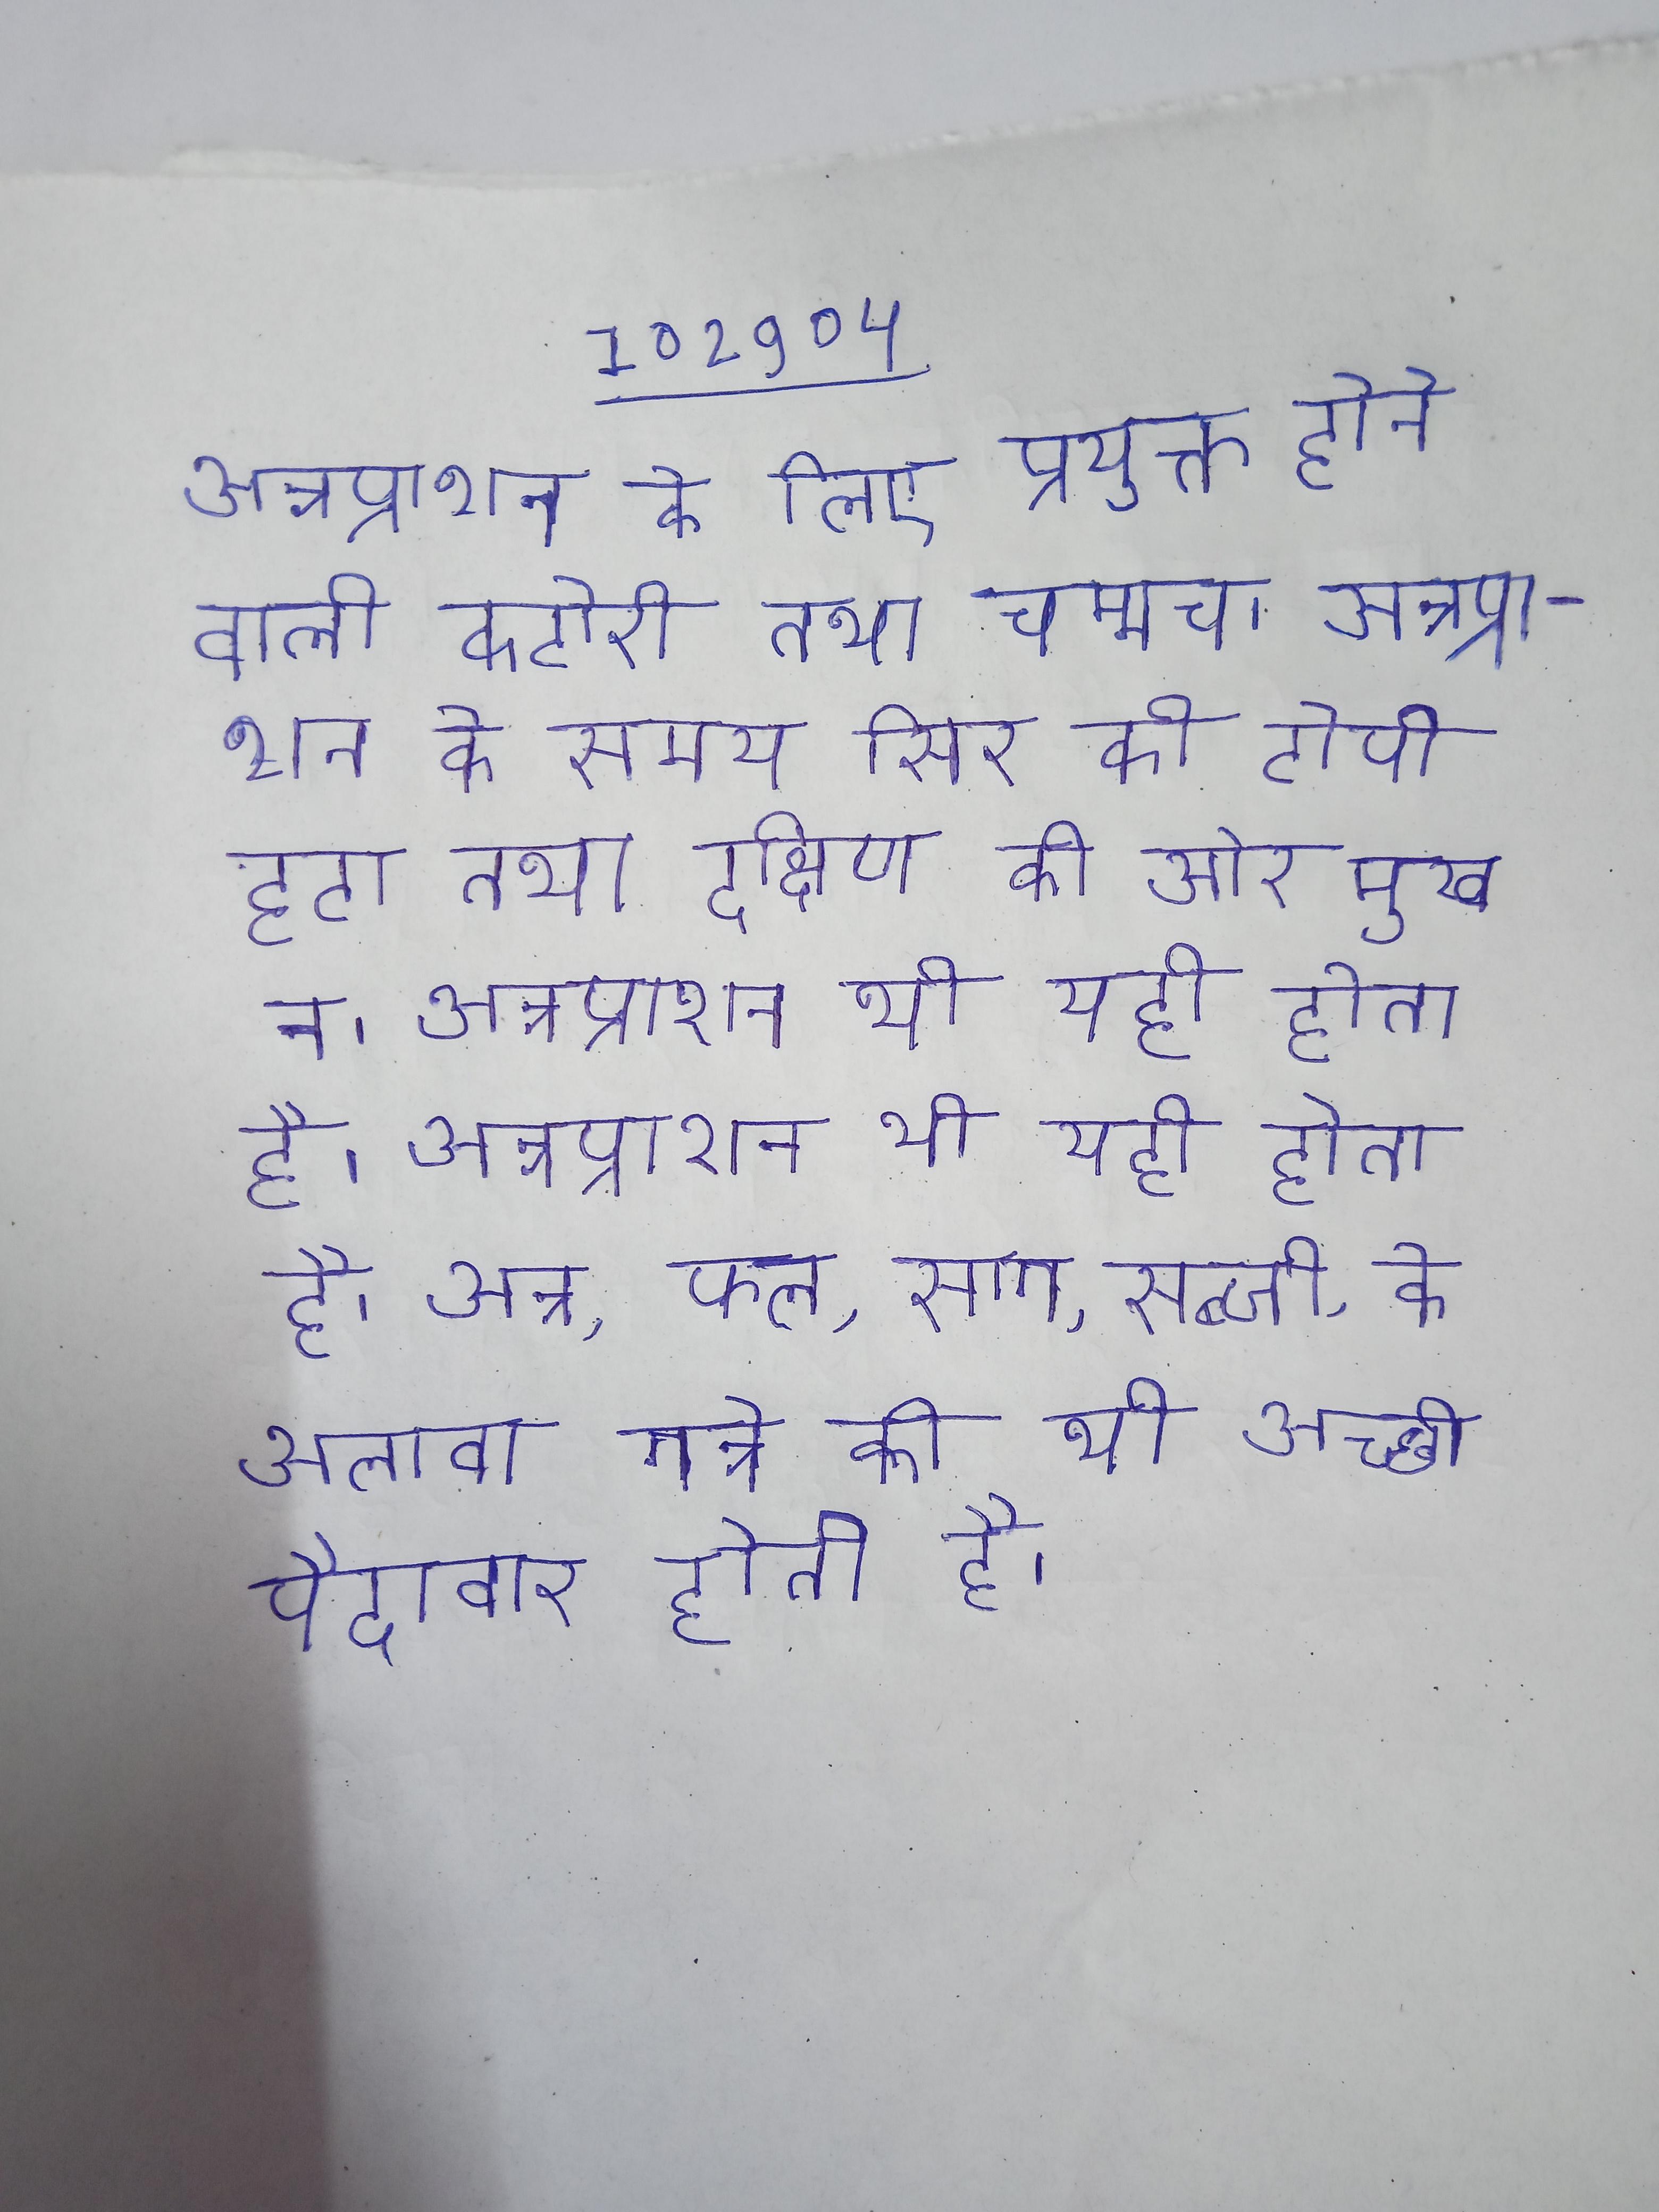
अन्नप्राशन के लिए प्रयुक्त होने वाली कटोरी तथा चम्मच । अन्नप्राशन के समय सिर की टोपी हटा तथा दक्षिण की ओर मुख न । अन्नप्राशन भी यही होता है । अन्न, फल,साग,सब्जी, के अलावा गन्ने की भी अच्छी पैदावार होती है ।